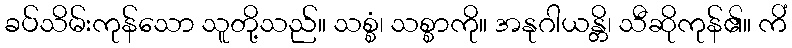
ခပ်သိမ်းကုန်သော သူတို့သည်။ သစ္စံ၊ သစ္စာကို။ အနုဂါယန္တိ၊ သီဆိုကုန်၏။ ကိံ